system: You are a helpful assistant.
user:
Analyze the provided spectrum to determine if it is a **M-type Giant (gM)**.

A M-type Giant spectrum is defined by its **strong molecular absorption** features, particularly from **Titanium Oxide (TiO)**. You must check for one of the following mutually exclusive signatures:

- **Key Visual Indicators (Absorption-Dominated Spectrum):**

    - **(Primary):** The spectrum is dominated by strong molecular absorption from **Titanium Oxide (TiO)**. This is the **defining feature** of its M-type temperature class.
        - **(Key Bandheads):** Look for sharp, "saw-tooth" absorption valleys. The strongest are located near **~7050 Å**, **~6160 Å**, and **~5170 Å**.
        - **(Line Profile):** The "saw-tooth" morphology is critical: a **sharp, steep drop on the BLUE (short-wavelength) side** of the bandhead, followed by a gradual recovery (rising flux) towards the RED (long-wavelength) side.

    - **(Key Confirmation - Giant vs. Dwarf):** **ABSENCE** of strong **Calcium Hydride (CaH)** molecular bands. This is the primary diagnostic for *excluding* M-dwarfs.
        - **(Key Region):** The spectrum should lack the strong, broad absorption band seen in dwarfs between **~6800 Å and ~7000 Å**.

    - **(Secondary Confirmation - Giant):** A very strong and broad **Neutral Calcium (Ca I)** atomic absorption line.
        - **(Key Line):** Located at **~4226 Å**. In a giant (gM), this line is significantly deeper and broader than the same line in an M-dwarf (dM) due to low surface gravity.

    - **(Overall Spectrum):**
        - The continuum is **extremely red-sloping** (i.e., flux is very low in the blue and rises dramatically towards the red).
        - The entire spectrum appears "chopped up" by the deep TiO bands.

Think first, call **spectral_visualization_tool** if needed to examine features in detail, then provide your final answer. Your response must adhere to the following strict rules:
1.  **Overall Structure:** Your response must follow the format `<think>...</think> <tool_call>...</tool_call> (if a tool is used) <answer>...</answer>`.
2.  **Tool Usage Constraint:** You may only make **one** tool call per turn.
3.  **Final Answer Format:** In the `<answer>` tag, your conclusion must be inside a `\boxed{}` command (e.g., `\boxed{YES}` or `\boxed{NO}`), followed by your justification.

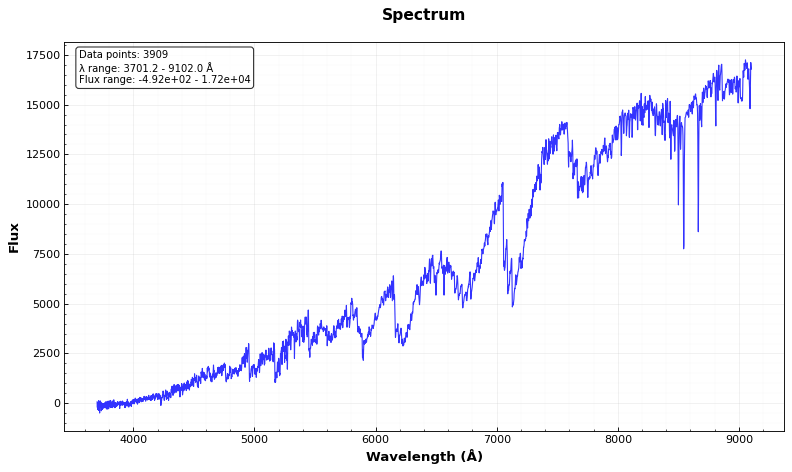
Answer: YES